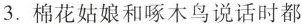
3.棉花姑娘和啄木鸟说话时都